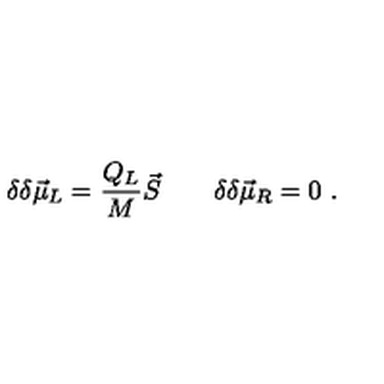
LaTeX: \delta \delta \vec { \mu } _ { L } = { \frac { Q _ { L } } { M } } \vec { S } \qquad \delta \delta \vec { \mu } _ { R } = 0 \ .